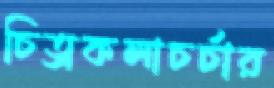
চিত্রকলাচর্চার